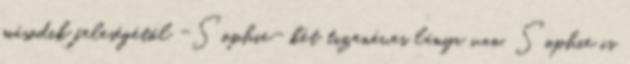
második feleségétől -Sophie- két tizenéves lánya van. Sophie is